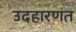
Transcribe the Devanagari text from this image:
उदहारणत